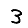
Digit: 3